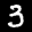
Label: 3